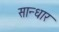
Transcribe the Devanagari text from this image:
सान्धार